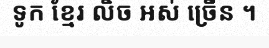
ទូក ខ្មែរ លិច អស់ ច្រើន ។